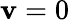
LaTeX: \mathbf{v}=0